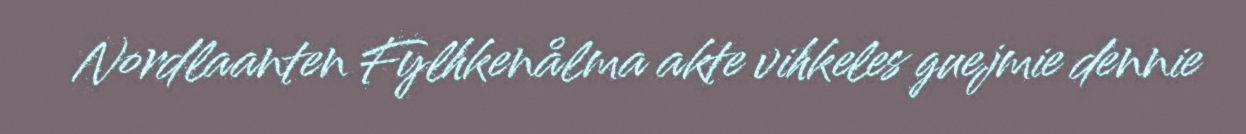
Nordlaanten Fylhkenålma akte vihkeles guejmie dennie